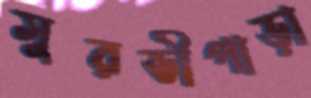
সুরভীপাড়া